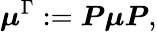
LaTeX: \boldsymbol{\mu}^{\Gamma}:=\boldsymbol{P}\boldsymbol{\mu}\boldsymbol{P},